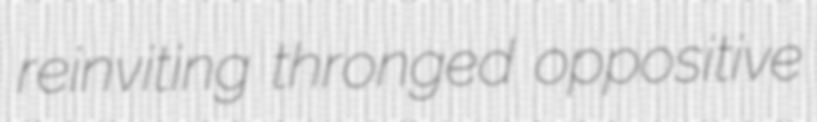
reinviting thronged oppositive